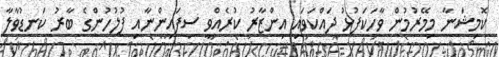
ކޮމިޝަނާ މިމޭރުމުން ވާހަކަފުޅު ދައްކަވައި އިންޒާރު ކުރެއްވީ ސިފައިންނާއި ފުލުހުންގެ ބާރު ކަނޑުވާލާ